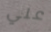
علي